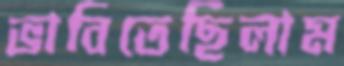
ভাবিতেছিলাম